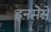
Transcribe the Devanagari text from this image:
इनमेसे